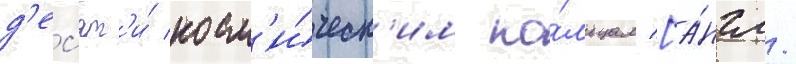
д'ес'ят'и́ косм'и́ческ'им ко́льцам [а́нгл.